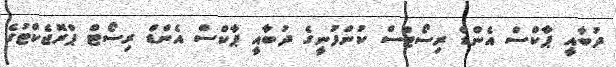
ދުބާއީ ޕާކްސް އެންޑް ރިސޯޓްސް ކުންފުނީގެ ދުބާއީ ޕާކްސް އެންޑް ރިސޯޓް ޕްރޮޖެކްޓުގެ